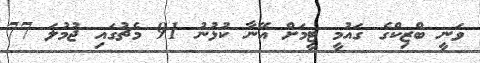
ވަނީ ބްޒިކްގެ ގައުމީ ޓީމަށް އޭނާ ކުޅުނު 91 މެޗުގައި ޖުމުލަ 77